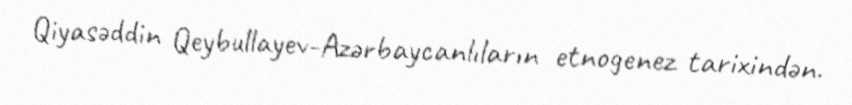
Qiyasəddin Qeybullayev-Azərbaycanlıların etnogenez tarixindən.